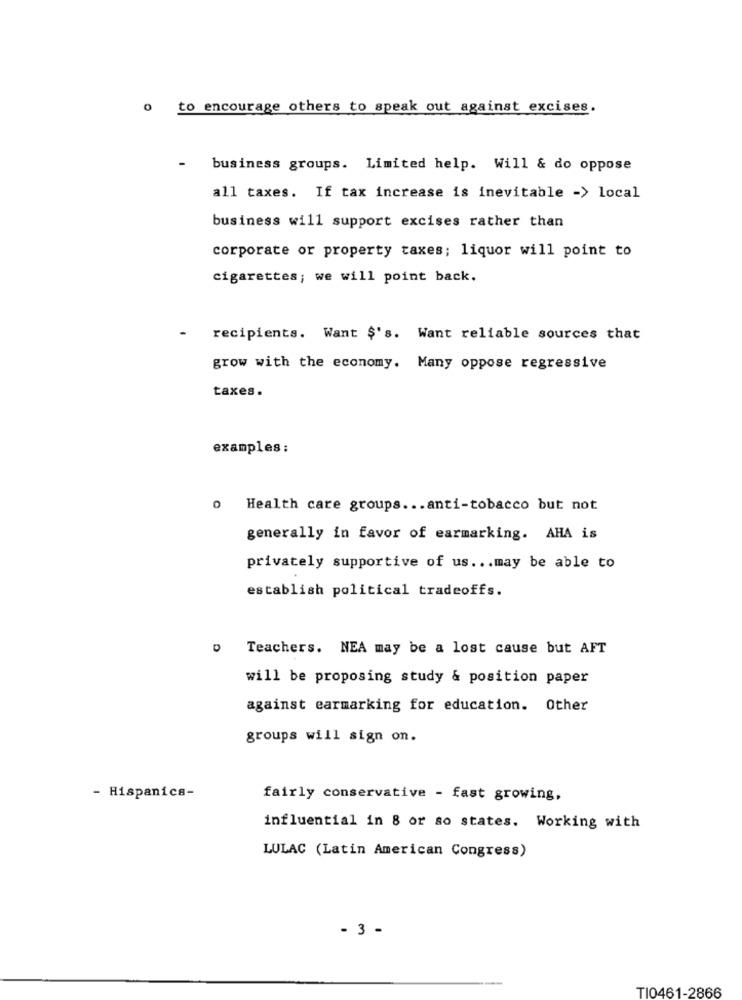
o to encourage others to speak out against excises.
-
business groups. Limited help. Will & do oppose
all taxes. If tax increase is inevitable -> local
business will support excises rather than
corporate or property taxes; liquor will point to
cigarettes; we will point back.
recipients. Want $'s. Want reliable sources that
grow with the economy. Many oppose regressive
taxes .
examples:
o Health care groups ... anti-tobacco but not
generally in favor of earmarking. AHA is
privately supportive of us ... may be able to
establish political tradeoffs.
o Teachers. NEA may be a lost cause but AFT
will be proposing study & position paper
against earmarking for education. Other
groups will sign on.
- Hispanics-
fairly conservative - fast growing,
influential in 8 or so states. Working with
LULAC (Latin American Congress)
- 3 -
TI0461-2866